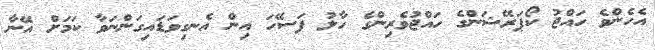
އެހެންވެ ހައްޖު ކޯޕަރޭޝަންގެ ހައްޖުވެރިންގެ ހާލު ފަސޭހަ އިން އެނގިވަޑައިގަންނަވާ ކަމަށް އޭނާ